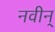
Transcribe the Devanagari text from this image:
नवीन्